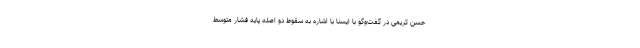
حسن کریمی در گفت‌وگو با ایسنا با اشاره به سقوط دو اصله پایه فشار متوسط